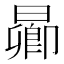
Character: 𬁋